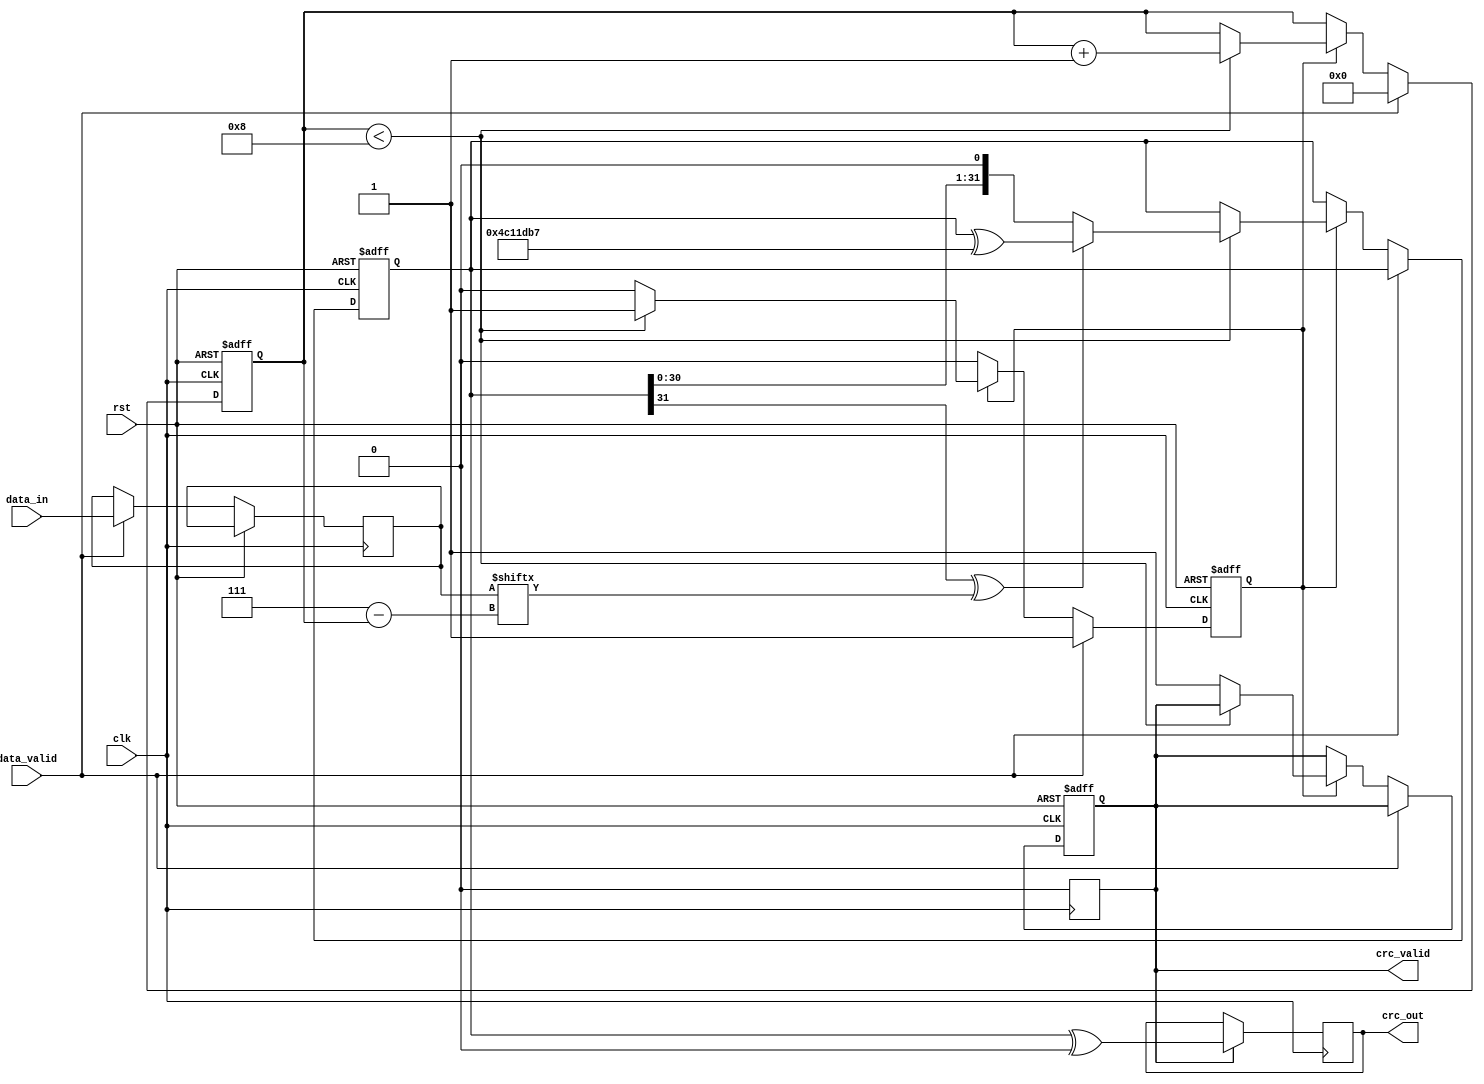
module parameterized_crc #(
    parameter CRC_WIDTH = 32,
    parameter POLYNOMIAL = 32'h04C11DB7, // Example: CRC-32 polynomial
    parameter INIT_VALUE = 32'hFFFFFFFF,
    parameter REFLECT_INPUT = 1'b0,
    parameter REFLECT_OUTPUT = 1'b0,
    parameter FINAL_XOR = 32'h00000000
)(
    input wire clk,
    input wire rst,
    input wire [7:0] data_in,
    input wire data_valid,
    output reg [CRC_WIDTH-1:0] crc_out,
    output reg crc_valid
);

    reg [CRC_WIDTH-1:0] crc_reg;
    reg [7:0] data_buffer;
    reg [3:0] bit_counter;
    reg processing;

    // Reflect function for input and output
    function [7:0] reflect_input(input [7:0] data);
        integer i;
        begin
            reflect_input = 0;
            for (i = 0; i < 8; i = i + 1) begin
                reflect_input[i] = data[7 - i];
            end
        end
    endfunction

    function [CRC_WIDTH-1:0] reflect_output(input [CRC_WIDTH-1:0] crc);
        integer i;
        begin
            reflect_output = 0;
            for (i = 0; i < CRC_WIDTH; i = i + 1) begin
                reflect_output[i] = crc[CRC_WIDTH-1 - i];
            end
        end
    endfunction

    // CRC computation process
    always @(posedge clk or posedge rst) begin
        if (rst) begin
            crc_reg <= INIT_VALUE;
            crc_valid <= 1'b0;
            processing <= 1'b0;
            bit_counter <= 4'd0;
        end else if (data_valid) begin
            data_buffer <= REFLECT_INPUT ? reflect_input(data_in) : data_in;
            processing <= 1'b1;
            bit_counter <= 4'd0;
        end else if (processing) begin
            if (bit_counter < 8) begin
                // Shift CRC register and process each bit
                crc_reg <= {crc_reg[CRC_WIDTH-2:0], 1'b0}; // Shift left
                if ((crc_reg[CRC_WIDTH-1] ^ data_buffer[7 - bit_counter]) == 1'b1) begin
                    crc_reg <= crc_reg ^ POLYNOMIAL;
                end
                bit_counter <= bit_counter + 1;
            end else begin
                processing <= 1'b0;
                crc_valid <= 1'b1; // Indicate CRC is valid
            end
        end
    end

    // Final CRC output processing
    always @(posedge clk) begin
        if (crc_valid) begin
            crc_out <= REFLECT_OUTPUT ? reflect_output(crc_reg) ^ FINAL_XOR : crc_reg ^ FINAL_XOR;
            crc_valid <= 1'b0; // Reset valid signal after reading
        end
    end

endmodule